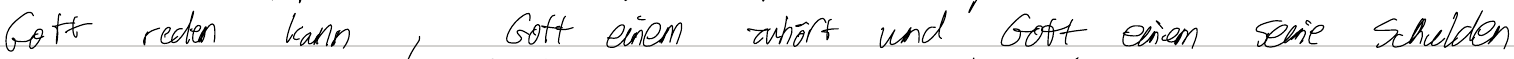
Gott reden kann, Gott einem zuhört und Gott einem seine Schulden